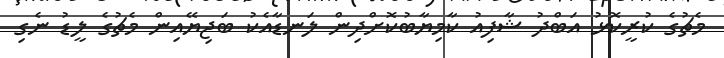
މެޗުގެ ކުރީކޮޅު އަބްދު ޝާފިއު ކާމިޔާބުކޮށްދިން ލަނޑާއެކު ބަޖިޔޭއިން މެޗުގެ ލީޑު ނެގި